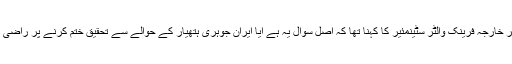
جرمنی کے وزیر ِخارجہ فرینک والٹر سٹینمئیر کا کہنا تھا کہ اصل سوال یہ ہے آیا ایران جوہری ہتھیار کے حوالے سے تحقیق ختم کرنے پر راضی بھی ہے یا نہیں؟